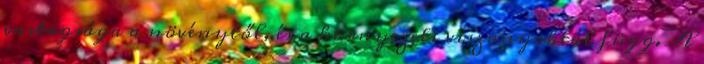
vastagsága a növénytől, és a környezeti viszonyoktól függ. A